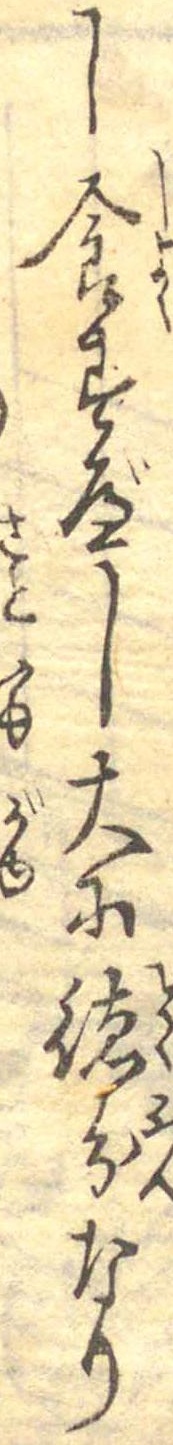
し食すべし大に徳分なり